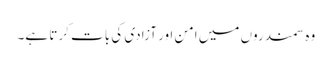
وہ سمندروں میں امن اور آزادی کی بات کرتا ہے۔